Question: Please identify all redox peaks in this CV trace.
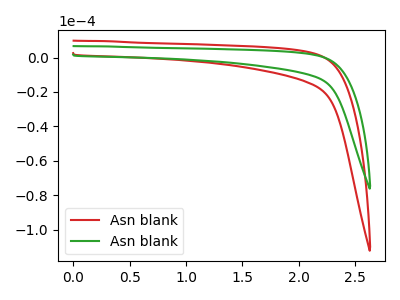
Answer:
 <answer>The red curve "Asn blank1" has no peaks. The green curve "Asn blank2" has no peaks.</answer>
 <eval></eval>